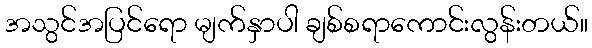
အသွင်အပြင်ရော မျက်နှာပါ ချစ်စရာကောင်းလွန်းတယ်။